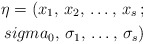
\begin{align*} \eta=(x_{1},\,x_{2},\,\dots,\,x_{s}\,;\\sigma_{0},\,\sigma_{1},\,\dots,\,\sigma_{s})\end{align*}